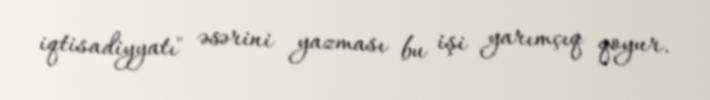
iqtisadiyyatı" əsərini yazması bu işi yarımçıq qoyur.